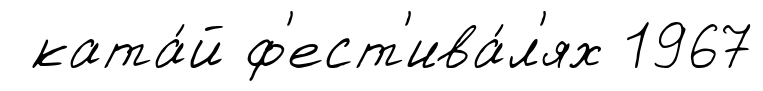
ката́й ф'ест'ива́л'ях 1967